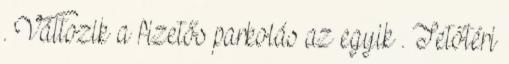
. Változik a fizetős parkolás az egyik . Tetőtéri